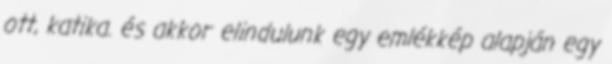
ott, katika. és akkor elindulunk egy emlékkép alapján egy